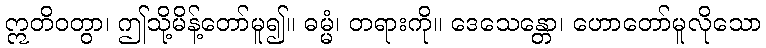
ဣတိဝတွာ၊ ဤသို့မိန့်တော်မူ၍။ ဓမ္မံ၊ တရားကို။ ဒေသေန္တော၊ ဟောတော်မူလိုသော